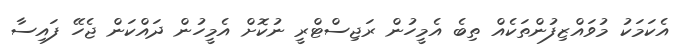
އެކަމަކު މުވައްޒިފުންތަކެއް ތިބެ އެމީހުން ރަޖިސްޓްރީ ނުކޮށް އެމީހުން ދައްކަން ޖެހޭ ފައިސާ